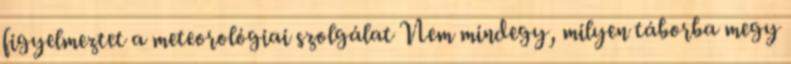
figyelmeztet a meteorológiai szolgálat Nem mindegy, milyen táborba megy